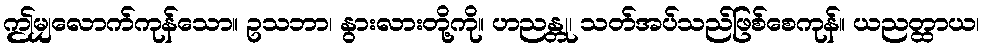
ဤမျှလောက်ကုန်သော။ ဥသဘာ၊ နွားလားတို့ကို။ ဟညန္တု၊ သတ်အပ်သည်ဖြစ်စေကုန်။ ယညတ္ထာယ၊